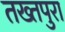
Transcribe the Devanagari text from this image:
तख्तपुरा